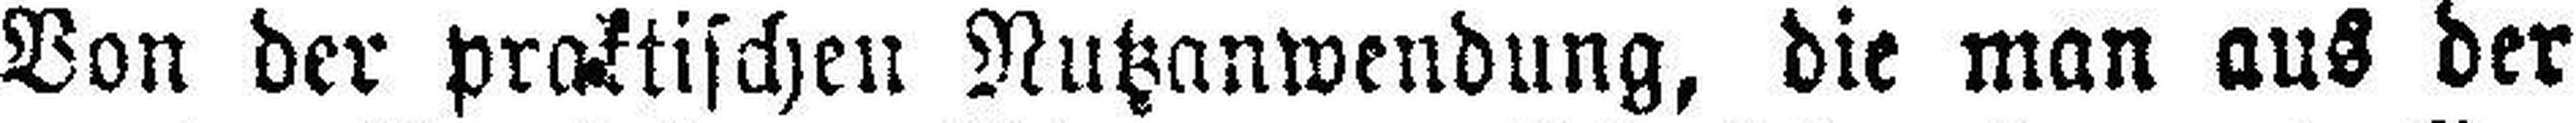
Von der praktischen Nutzanwendung, die man aus der